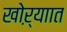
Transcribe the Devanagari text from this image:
खोऱ्याात